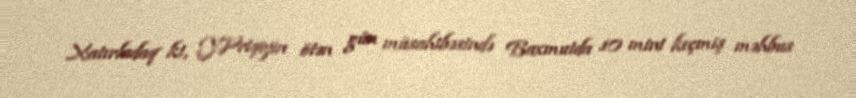
Xatırladaq ki, Y.Priqojin ötən gün müsahibəsində Baxmutda 10 mini keçmiş məhbus